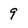
Character: 9